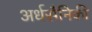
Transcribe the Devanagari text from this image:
अर्धसैनिकी